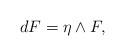
LaTeX: \begin{align*} dF = \eta \wedge F,\end{align*}